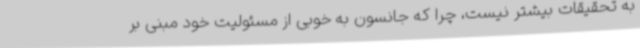
به تحقیقات بیشتر نیست، چرا که جانسون به خوبی از مسئولیت خود مبنی بر